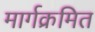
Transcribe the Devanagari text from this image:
मार्गक्रमित